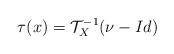
LaTeX: \begin{align*} \tau(x) = \mathcal{T}_X^{-1}(\nu-Id) \end{align*}